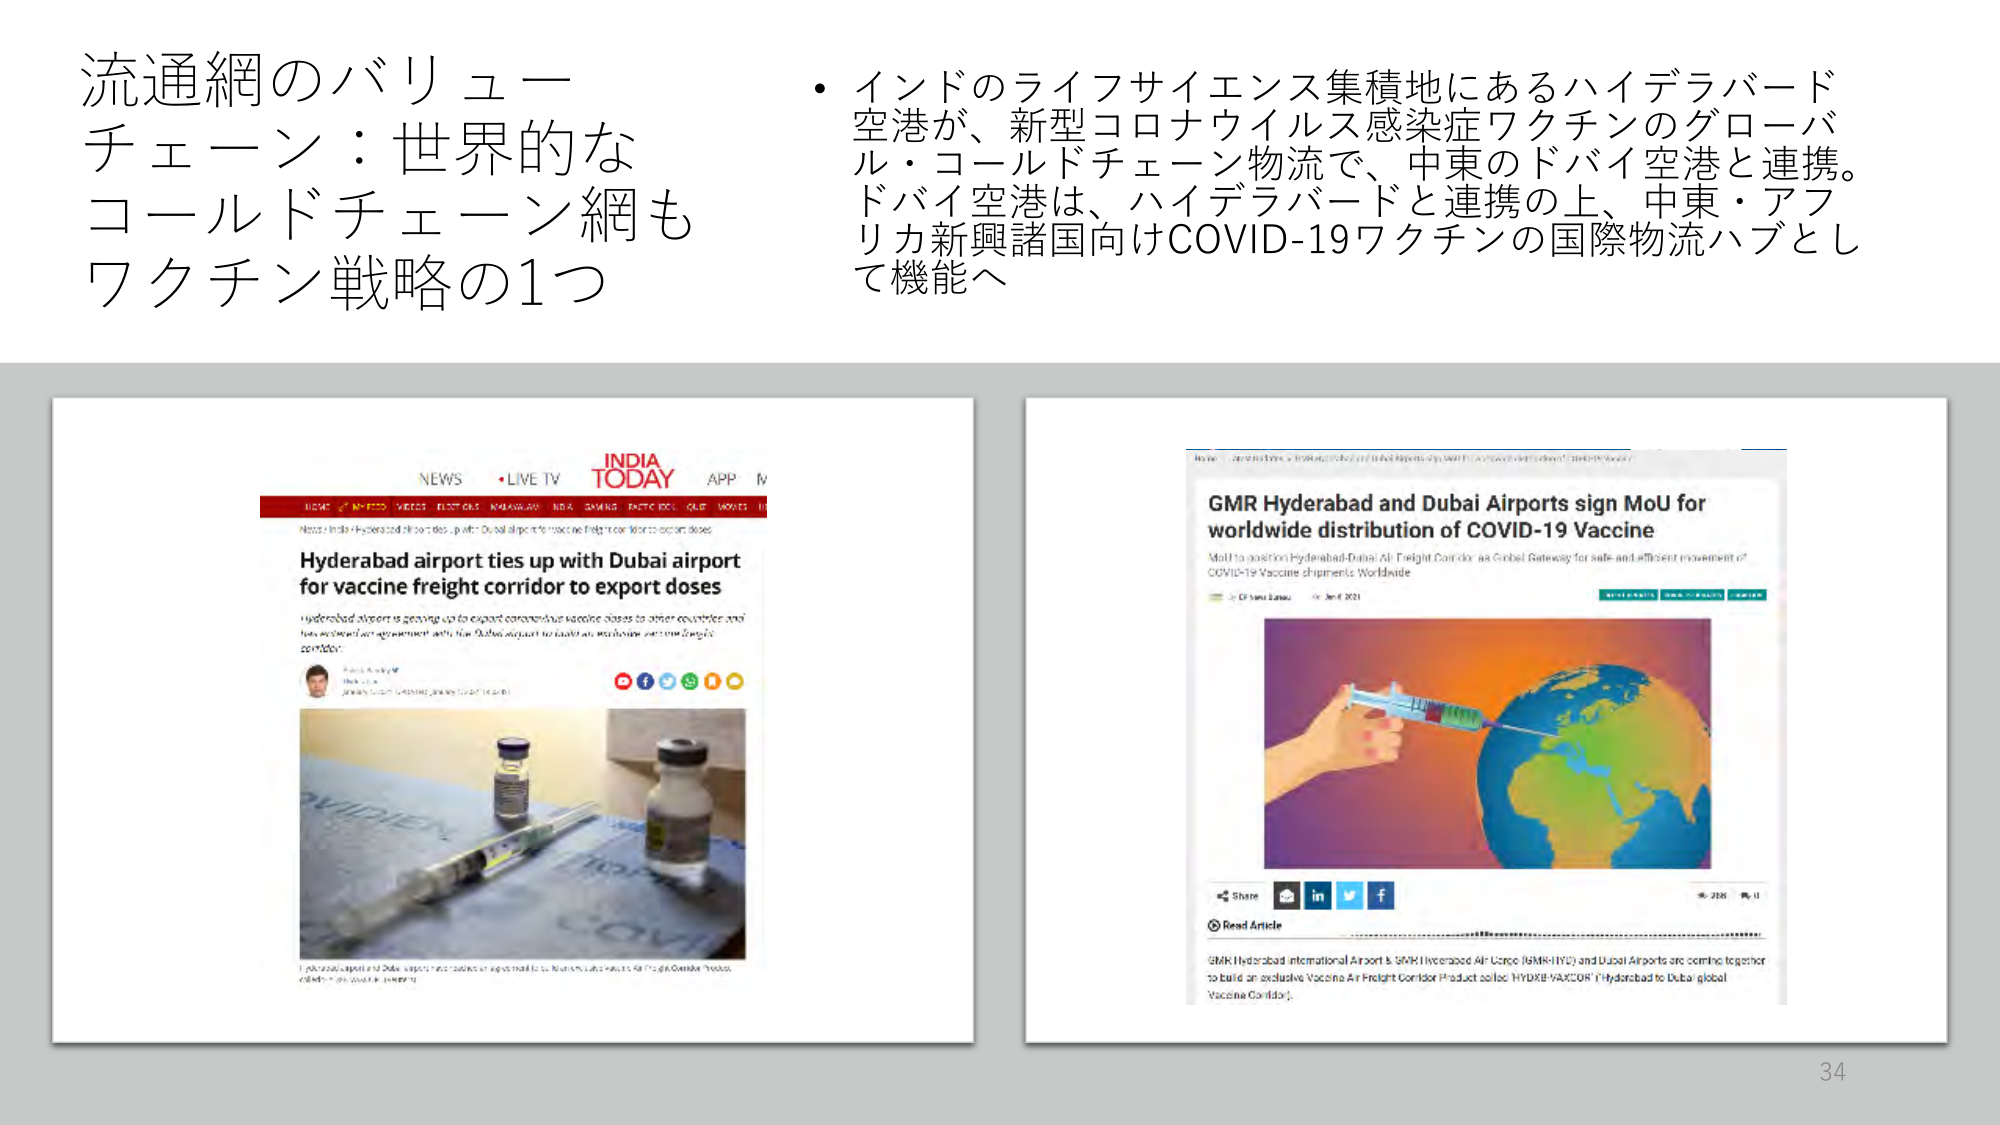
流通網のバリューチェーン：世界的なコールドチェーン網もワクチン戦略の1つ

・インドのライフサイエンス集積地にあるハイデラバード空港が、新型コロナウイルス感染症ワクチンのグローバル・コールドチェーン物流で、中東のドバイ空港と連携。ドバイ空港は、ハイデラバードと連携の上、中東・アフリカ新興諸国向けCOVID-19ワクチンの国際物流ハブとして機能へ

NEWS LIVE TV INDIA TODAY APP

HOME NEWS VIDEOS EDITORIALS INDIAN PANORAMA INDIA GAMING ENTERTAINMENT CULTURE MOVIES

Hyderabad airport ties up with Dubai airport for vaccine freight corridor to export doses

Hyderabad airport is gearing up to export coronavirus vaccine doses to other countries and has entered into an agreement with the Dubai airport to build an exclusive vaccine freight corridor.

Share

GMR Hyderabad and Dubai Airports sign MoU for worldwide distribution of COVID-19 Vaccine

MoU to position Hyderabad-Dubai Air Freight Corridor as Global Gateway for safe and efficient movement of COVID-19 Vaccine shipments Worldwide

Jan 6, 2021

Share

Read Article

GMR Hyderabad International Airport & GMR Hyderabad Air Cargo (GMR-HYC) and Dubai Airports are coming together to build an exclusive Vaccine Air Freight Corridor Product called 'HYDE VACOR' (Hyderabad to Dubai global Vaccine Corridor).

34